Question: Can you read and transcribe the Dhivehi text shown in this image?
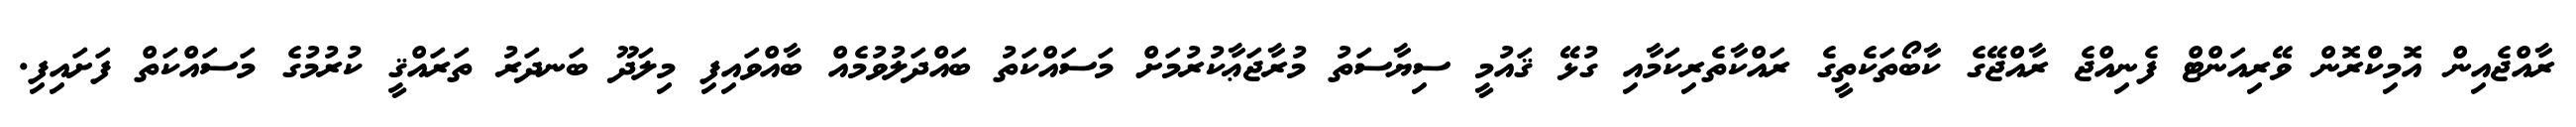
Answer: ރާއްޖެއިން އޮމިކްރޮން ވޭރިއަންޓް ފެނިއްޖެ ރާއްޖޭގެ ކާބޯތަކެތީގެ ރައްކާތެރިކަމާއި ގުޅޭ ޤައުމީ ސިޔާސަތު މުރާޖަޢާކުރުމަށް މަސައްކަތު ބައްދަލުވުމެއް ބާއްވައިފި މިލަދޫ ބަނދަރު ތަރައްޤީ ކުރުމުގެ މަސައްކަތް ފަށައިފި.